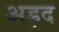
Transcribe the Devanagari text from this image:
अड़द